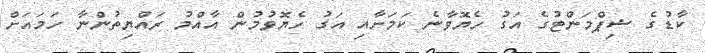
ކާޑުގެ ޝިޕްމަންޓުގެ އަގު ހެޔޮވާނެ ކަމަށާއި އަގު ހެޔޮވުމުން އާއްމު ރައްޔިތުންނާ ހަމައަށް